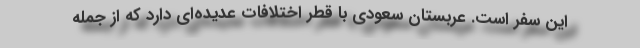
این سفر است. عربستان سعودی با قطر اختلافات عدیده‌ای دارد که از جمله